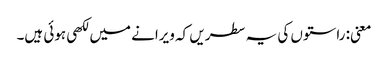
معنی: راستوں کی یہ سطریں کہ ویرانے میں لکھی ہوئی ہیں۔